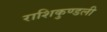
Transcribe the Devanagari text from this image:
राशिकुण्डली